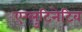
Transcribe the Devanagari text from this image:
एग्लुटिनेटिव